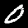
Label: 0